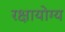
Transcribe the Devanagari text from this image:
रक्षायोग्य